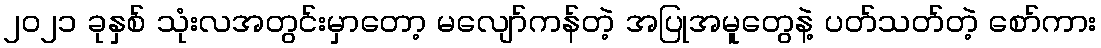
၂၀၂၁ ခုနှစ် သုံးလအတွင်းမှာတော့ မလျော်ကန်တဲ့ အပြုအမူတွေနဲ့ ပတ်သတ်တဲ့ စော်ကား